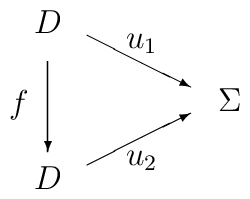
\setlength{\unitlength}{0.4em}\begin{picture}(20,20)(0,10)\put(2,14){\makebox(0,0){$D$}}\put(2,26){\makebox(0,0){$D$}}\put(16,20){\makebox(0,0){$\Sigma$}}\put(5,25){\vector(2,-1){8}}\put(5,15){\vector(2,1){8}}\put(2,23){\vector(0,-1){7}}\put(-1,19){$f$}\put(8,24){$u_1$}\put(8,15){$u_2$}\end{picture}